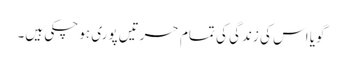
گویا اس کی زندگی کی تمام حسرتیں پوری ہو چکی ہیں۔